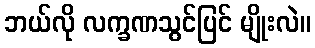
ဘယ်လို လက္ခဏသွင်ပြင် မျိုးလဲ။